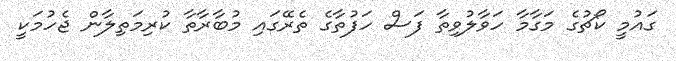
ގައުމީ ކޯޗުގެ މަގާމާ ހަވާލުވިތާ ފަސް ހަފުތާގެ ތެރޭގައި މުބާރާތާ ކުރިމަތިލާން ޖެހުމަކީ